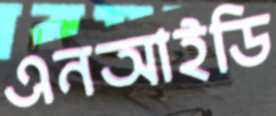
এনআইডি